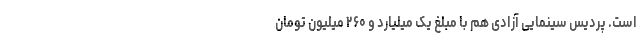
است. پردیس سینمایی آزادی هم با مبلغ یک میلیارد و ۲۶۰ میلیون تومان